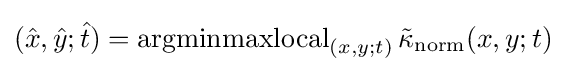
({\hat {x}},{\hat {y}};{\hat {t}})=\operatorname {argminmaxlocal} _{(x,y;t)}{\tilde {\kappa }}_{\mathrm {norm} }(x,y;t)